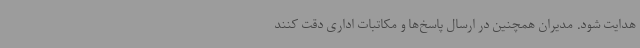
هدایت شود. مدیران همچنین در ارسال پاسخ‌ها و مکاتبات اداری دقت کنند